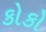
કોકો